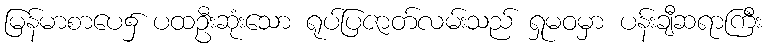
မြန်မာစာပေ၌ ပထဦးဆုံးသော ရုပ်ပြဇာတ်လမ်းသည် ရှုမဝမှာ ပန်းချီဆရာကြီး